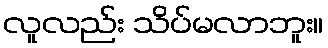
လူလည်း သိပ်မလာဘူး။